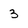
Character: 3